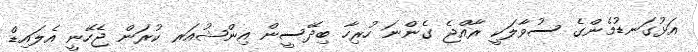
އަޅުގަނޑުމެންގެ ސުވާލަކީ ރާއްޖެ ގެންނަ ހުރިހާ ބިދޭސީން އިންޝުއަރ ކުރަން ޖެހޭނީ އެލައިޑް